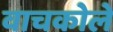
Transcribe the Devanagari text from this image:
वाचकोले